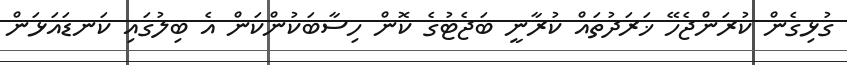
ގުޅިގެން ކުރަންޖެހޭ ޚަރަދުތައް ކުރާނީ ބަޖެޓުގެ ކޮން ހިސާބަކުންކަން އެ ބިލުގައި ކަނޑައަޅަން